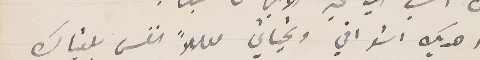
اهديك اشواقي وتحياتي معللاً النفس بلقياك